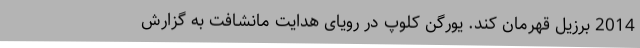
2014 برزیل قهرمان کند. یورگن کلوپ در رویای هدایت مانشافت به گزارش